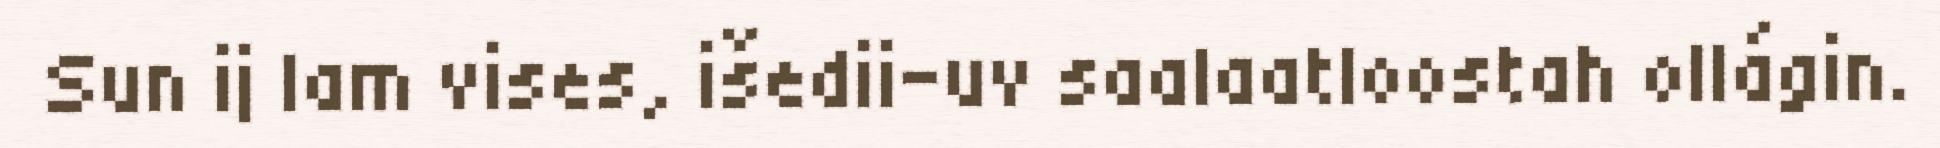
Sun ij lam vises, išedii-uv saalaatloostah ollágin.